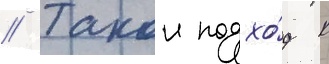
// Такои подхо́д к